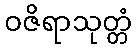
ဝဇိရာသုတ္တံ